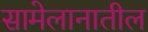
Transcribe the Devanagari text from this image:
सामेलानातील